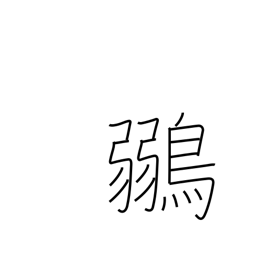
Meaning: greenfinch